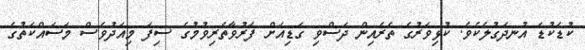
ކުޑަކުޑަ އުނދަގުލެކެވެ. ކުޅިވަރުގެ ތެރެއިން ދަސްވި ގަޑިއަށް ފަރުވާތެރިވުމުގެ ސިފަ މިއަދުވެސް މަސައްކަތުގެ